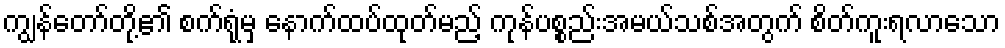
ကျွန်တော်တို့၏ စက်ရုံမှ နောက်ထပ်ထုတ်မည့် ကုန်ပစ္စည်းအမယ်သစ်အတွက် စိတ်ကူးရလာသော